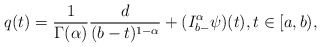
\begin{align*}q(t) = \frac{1}{\Gamma(\alpha)}\frac{d}{(b-t)^{1-\alpha}} + (I^{\alpha}_{b-} \psi )(t) ,t\in [a,b),\end{align*}